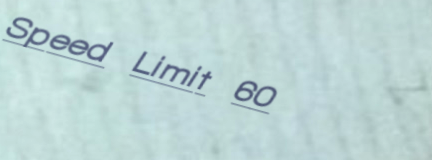
Speed Limit 60